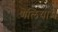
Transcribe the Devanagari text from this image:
गेलियाम